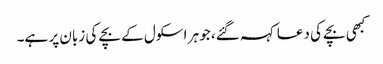
کبھی بچے کی دعا کہہ گئے، جو ہر اسکول کے بچے کی زبان پر ہے۔